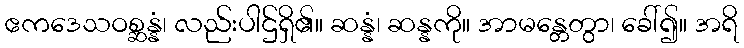
ဧကဒေသဝစ္ဆန္နံ၊ လည်းပါဌ်ရှိ၏။ ဆန္နံ၊ ဆန္နကို။ အာမန္တေတွာ၊ ခေါ်၍။ အရိ